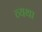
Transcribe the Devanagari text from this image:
व्‍यथा